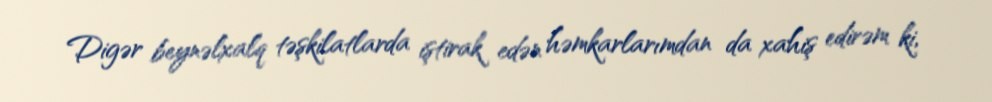
Digər beynəlxalq təşkilatlarda iştirak edən həmkarlarımdan da xahiş edirəm ki,